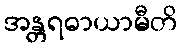
အန္တရဓာယာမီတိ